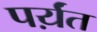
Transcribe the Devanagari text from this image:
पर्य़ंत